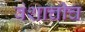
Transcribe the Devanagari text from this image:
वंशाचीच